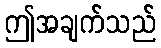
ဤအချက်သည်